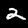
Digit: 2